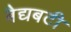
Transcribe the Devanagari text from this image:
बैद्यबटी